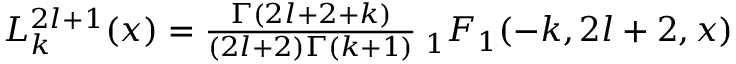
\begin{array} { r } { L _ { k } ^ { 2 l + 1 } ( x ) = \frac { \Gamma ( 2 l + 2 + k ) } { ( 2 l + 2 ) \Gamma ( k + 1 ) } \: _ { 1 } F _ { 1 } ( - k , 2 l + 2 , x ) } \end{array}